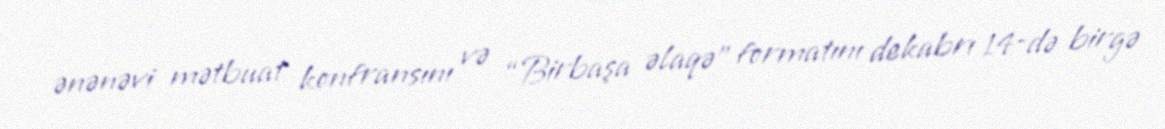
ənənəvi mətbuat konfransını və “Birbaşa əlaqə” formatını dekabrı 14-də birgə